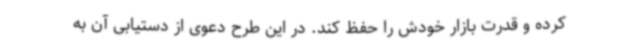
کرده و قدرت بازار خودش را حفظ کند. در این طرح دعوی از دستیابی آن به